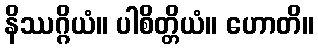
နိဿဂ္ဂိယံ။ ပါစိတ္တိယံ။ ဟောတိ။